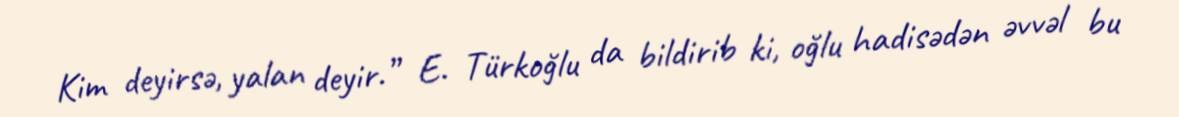
Kim deyirsə, yalan deyir.” E. Türkoğlu da bildirib ki, oğlu hadisədən əvvəl bu